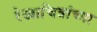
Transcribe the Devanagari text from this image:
रेखाचित्रांच्या